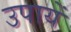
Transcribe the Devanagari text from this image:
उपायें